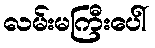
လမ်းမကြီးပေါ်